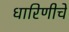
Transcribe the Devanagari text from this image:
धारिणीचे